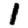
Digit: 1